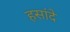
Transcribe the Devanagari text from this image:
हसांदे